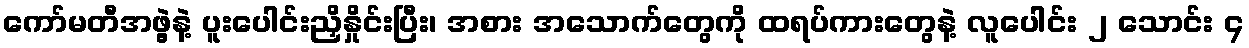
ကော်မတီအဖွဲ့နဲ့ ပူးပေါင်းညှိနှိုင်းပြီး၊ အစား အသောက်တွေကို ထရပ်ကားတွေနဲ့ လူပေါင်း ၂ သောင်း ၄